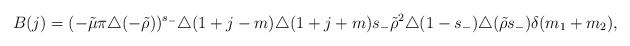
\begin{align*}B(j) = (-\tilde\mu\pi \triangle(-\tilde\rho))^{s_-}\triangle(1+j-m)\triangle(1+j+m)s_-\tilde\rho^2\triangle(1-s_-)\triangle(\tilde\rho s_-) \delta(m_1+m_2), \end{align*}